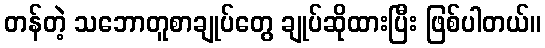
တန်တဲ့ သဘောတူစာချုပ်တွေ ချုပ်ဆိုထားပြီး ဖြစ်ပါတယ်။